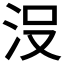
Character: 𣳚